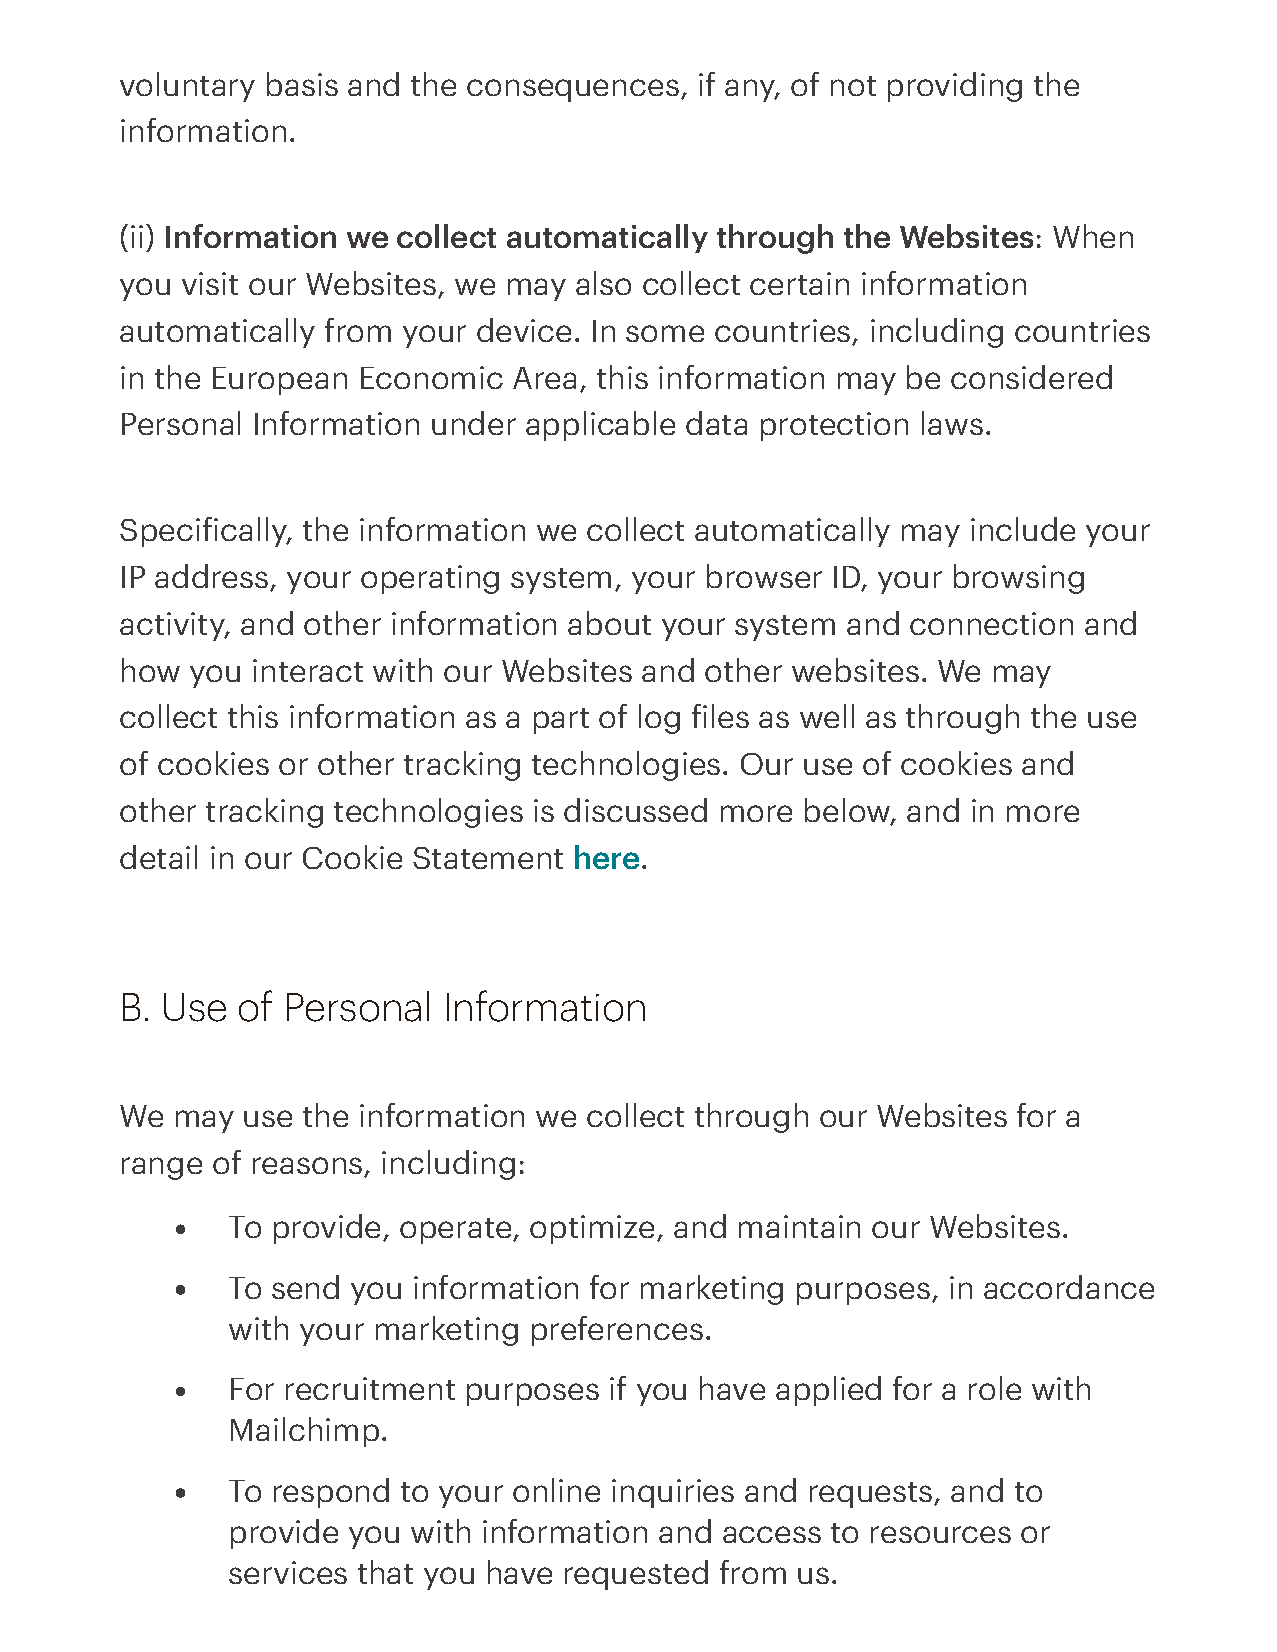
voluntary basis and the consequences, if any, of not providing the
 information.
 (ii) Information we collect automatically through the Websites: When
 you visit our Websites, we may also collect certain information
 automatically from your device. In some countries, including countries
 in the European Economic  Area, this information may be considered
 Personal Information under applicable data protection laws.
 Speciically, the information we collect automatically may include your
 IP address, your operating system, your browser ID, your browsing
 activity, and other information about your system and connection and
 how  you interact with our Websites and other websites. We may
 collect this information as a part of log iles as well as through the use
 of cookies or other tracking technologies. Our use of cookies and
 other tracking technologies is discussed more below, and in more
 detail in our Cookie Statement here.
 B. Use  of Personal  Information
 We may  use the information we collect through our Websites for a
 range of reasons, including:
 To provide, operate, optimize, and maintain our Websites.
 To send you information for marketing purposes, in accordance
 with your marketing preferences.
 For recruitment purposes if you have applied for a role with
 Mailchimp.
 To respond to your online inquiries and requests, and to
 provide you with information and access to resources or
 services that you have requested from us.